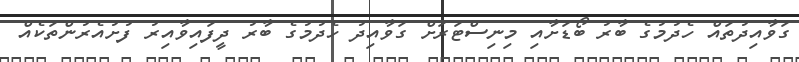
ގަވާއިދުތައް ހެދުމުގެ ބާރު ބޯޑަށާއި މިނިސްޓަރަށް ގަވާއިދު ހެދުމުގެ ބާރު ދީފައިވާއިރު ފުށުއެރުންތަކެއް